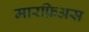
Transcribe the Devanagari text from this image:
मारफ़िअस